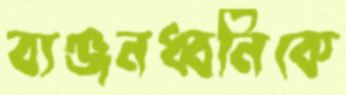
ব্যঞ্জনধ্বনিকে